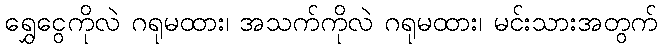
ရွှေငွေကိုလဲ ဂရုမထား၊ အသက်ကိုလဲ ဂရုမထား၊ မင်းသားအတွက်